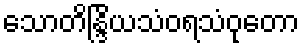
သောတိန္ဒြိယသံဝရသံဝုတော